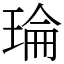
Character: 𤦎